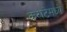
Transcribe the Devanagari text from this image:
कराटेमध्ये